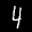
Label: 4